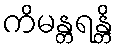
ကိမန္တရန္တိ